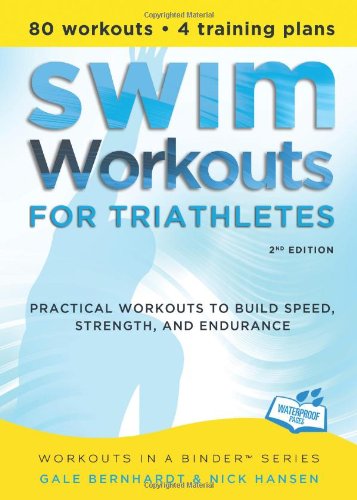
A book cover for Swim Workouts for Triathletes: Practical Workouts to Build Speed, Strength, and Endurance (Workouts in a Binder); Gale Bernhardt; Health, Fitness & Dieting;